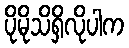
ပိုမိုသိရှိလိုပါက